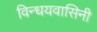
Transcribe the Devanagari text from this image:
विन्धयवासिनी